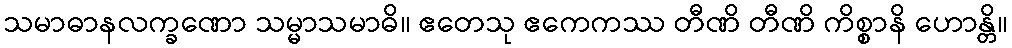
သမာဓာနလက္ခဏော သမ္မာသမာဓိ။ ဧတေသု ဧကေကဿ တီဏိ တီဏိ ကိစ္စာနိ ဟောန္တိ။